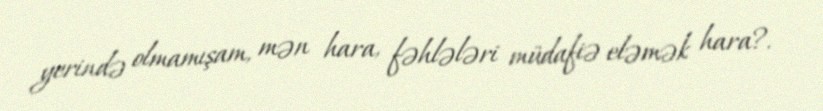
yerində olmamışam, mən hara, fəhlələri müdafiə eləmək hara?.